Leaving Certificate Examination, 1915
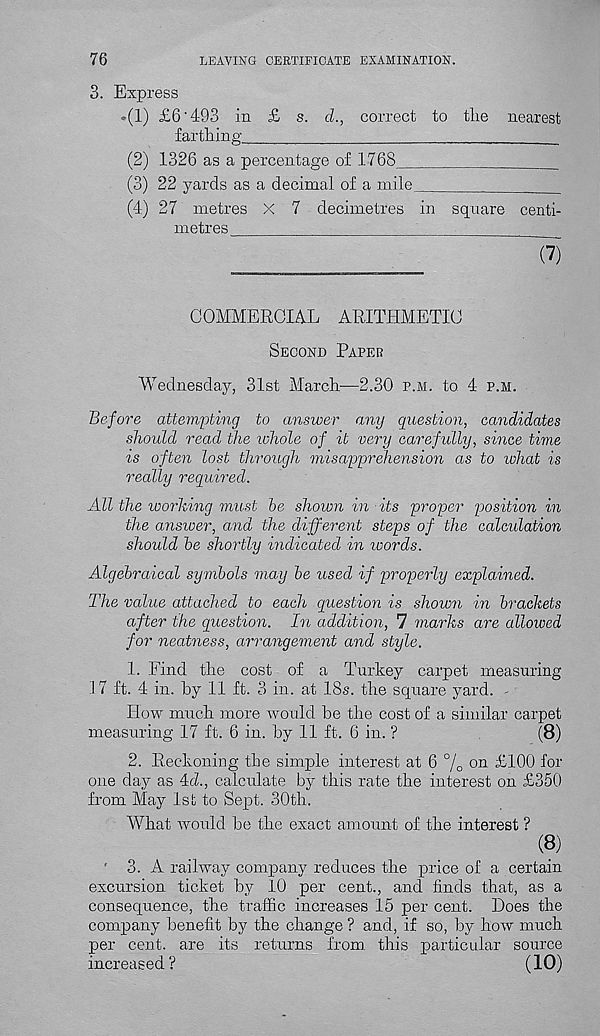
LEAVING CERTIFICATE EXAMINATION.
76
3. Express
-(1) £6'493 in £ s. d., correct to tlie nearest
farthing.
(2) 1326 as a percentage of 1768
(3) 22 yards as a decimal of a mile
(4) 27 metres X 7 decimetres in square centi-
metres
(7)
COMMERCIAL ARITHMETIC
Second Papeb
Wednesday, 31st March-—2.30 p.m. to 4 p.m.
Before attempting to answer any question, candidates
should read the ichole of it very carefully, since time
is often lost through misapprehension as to what is
really required.
All the working must he shown in its proper position in
the answer, and the different steps of the calculation
should he shortly indicated in ivords.
Algebraical symbols may be used if properly explained.
The value attached to each question is shown in brackets
after the question. In addition, 7 marks are allowed
for neatness, arrangement and style.
1. Find the cost of a Turkey carpet measuring
17 ft. 4 in. by 11 ft. 3 in. at 18s. the square yard. -
How much more would be the cost of a similar carpet
measuring 17 ft. 6 in. by 11 ft. 6 in. ?
(8)
2. Reckoning the simple interest at 6 % on £100 for
one day as 4(7., calculate by this rate the interest on £350
from May 1st to Sept. 30th.
What would be the exact amount of the interest ?
(8)
3. A railway company reduces the price of a certain
excursion ticket by 10 per cent., and finds that, as a
consequence, the traffic increases 15 per cent. Does the
company benefit by the change ? and, if so, by how much
per cent, are its returns from, this particular source
increased ?
(10)